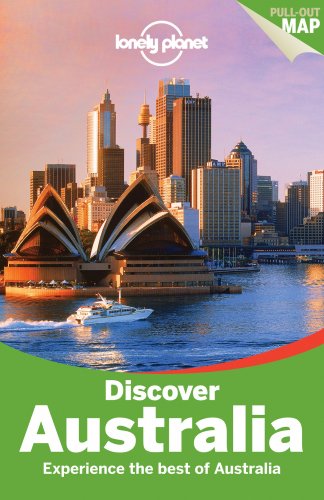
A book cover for Lonely Planet Discover Australia (Travel Guide); Lonely Planet; Sports & Outdoors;